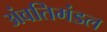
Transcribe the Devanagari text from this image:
अंवतिमंडल